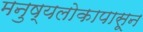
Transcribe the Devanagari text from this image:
मनुष्यलोकापासून